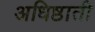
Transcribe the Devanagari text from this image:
अधिष्ठाती